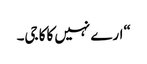
“ارے نہیں کاکا جی۔